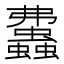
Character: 𧕒